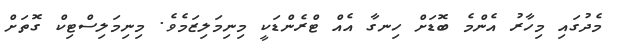
މެދުގައި މިހާރު އެންމެ ބޮޑަށް ހިނގާ އެއް ޓްރެންޑަކީ މިނިމަލިޒަމެވެ. މިނިމަލިސްޓިކް ގޮތަށް